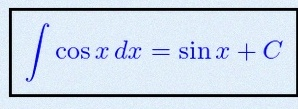
\int \cos x\,dx=\sin x+C